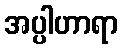
အပ္ပါဟာရာ